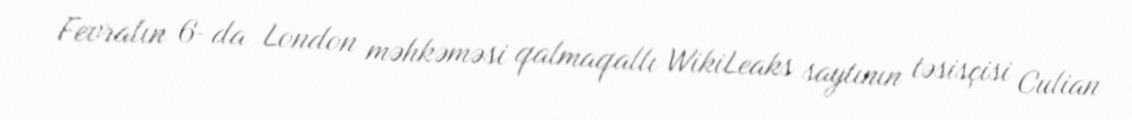
Fevralın 6-da London məhkəməsi qalmaqallı WikiLeaks saytının təsisçisi Culian